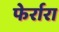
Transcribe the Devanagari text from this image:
फेर्रारा